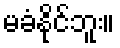
မခံနိုင်ဘူး။